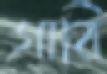
গারি